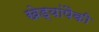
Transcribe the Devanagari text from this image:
खेड्यांपैकी